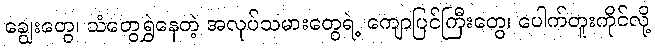
ချွေးတွေ၊ သံတွေရွှဲနေတဲ့ အလုပ်သမားတွေရဲ့ ကျောပြင်ကြီးတွေ၊ ပေါက်တူးကိုင်လို့